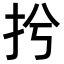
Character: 𢪆